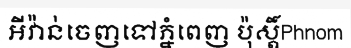
អីវ៉ាន់ចេញទៅភ្នំពេញ ប៉ុស្តិ៍Phnom